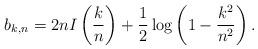
LaTeX: \begin{align*}b_{k,n} = 2n I\left(\frac{k}{n}\right) + \frac12 \log\left(1 - \frac{k^2}{n^2}\right) .\end{align*}